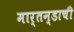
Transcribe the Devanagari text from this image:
मार्तन्डाची